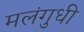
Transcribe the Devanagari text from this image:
मलंगुधी